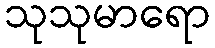
သုသုမာရော